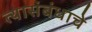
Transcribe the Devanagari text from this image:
त्यासंबंधाचे